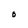
Character: O